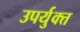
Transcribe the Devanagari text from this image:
उपर्युक्त्त